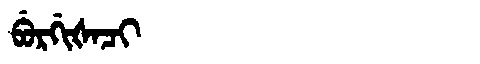
Manchu: ᠪᡠᡵᡤᡳᡧᠠᠴᡳ
Romanization: BURGIŠACI